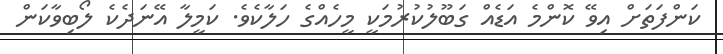
ކަންފަތަށް އިވޭ ކޮންމެ އަޑެއް ގަބޫލުކުރުމަކީ މީހެއްގެ ހަލާކެވެ. ކަމީލާ އޭނަދެކެ ލޯބިވާކަން